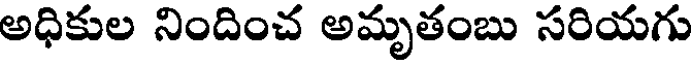
అధికుల నిందించ అమృతంబు సరియగు